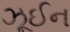
ઝૂઈન